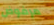
مرفوض